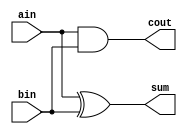
module half_adder (
    input ain,
    input bin,
    output sum,
    output cout
);

/*
xor inst_xor(sum, ain, bin);
and inst_and(cout, aib, bin);
*/

assign sum = ain ^ bin;
assign cout = ain & bin;
    
endmodule